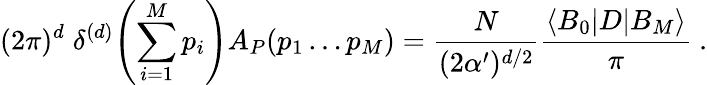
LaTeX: (2\pi)^{d}\; \delta^{(d)}\! \left(\sum_{i=1}^{M}p_{i}\right)A_{P}(p_{1}\dots p_{M})=\frac{N}{(2\alpha^{\prime})^{d/2}}\frac{\langle B_{0}|D|B_{M}\rangle}{\pi}~.